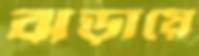
ঝড়ায়ে